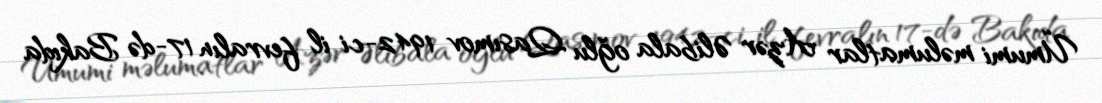
Ümumi məlumatlar Azər Əlibala oğlu Qasımov 1942-ci il fevralın 17-də Bakıda